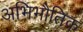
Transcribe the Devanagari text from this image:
अभिभौतिक